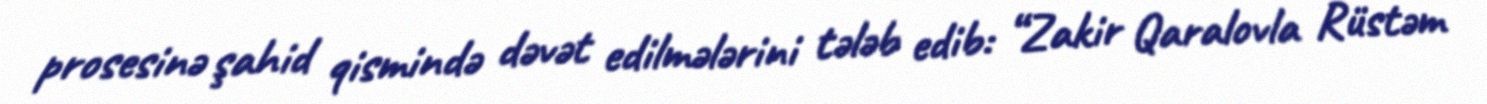
prosesinə şahid qismində dəvət edilmələrini tələb edib: “Zakir Qaralovla Rüstəm